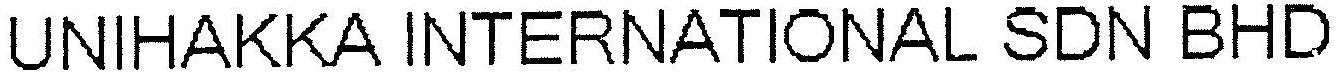
UNIHAKKA INTERNATIONAL SDN BHD